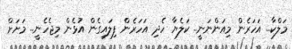
މަލްކާ.. އަހަރެން މިއަންނަނީ.. ކަލެޔާ ހެދި އަހަރެން ފިލައިގެން އުޅެން މިޖެހެނީ.. މަށަށް